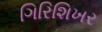
ગિરિશિખર